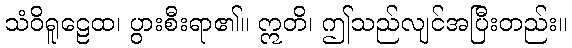
သံဝိရူဠေထ၊ ပွားစီးရာ၏။ ဣတိ၊ ဤသည်လျင်အပြီးတည်း။